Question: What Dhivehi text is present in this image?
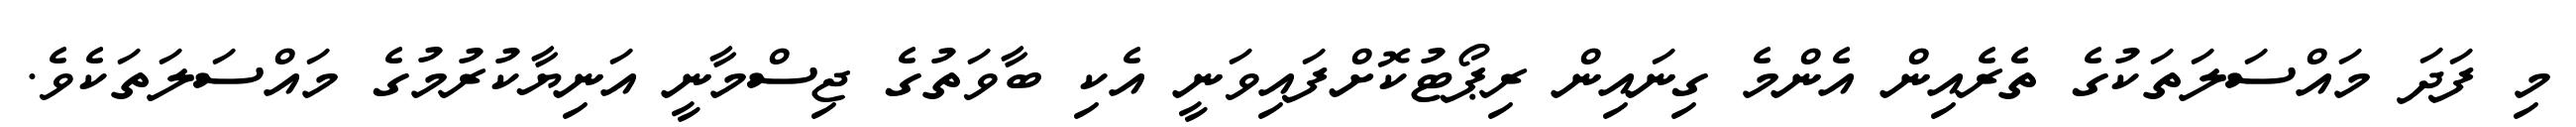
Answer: މި ފަދަ މައްސަލަތަކުގެ ތެރެއިން އެންމެ ގިނައިން ރިޕޯޓުކޮށްފައިވަނީ އެކި ބާވަތުގެ ޖިސްމާނީ އަނިޔާކުރުމުގެ މައްސަލަތަކެވެ.